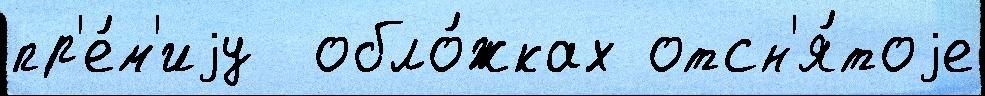
пр'е́м'иjу  обло́жках отсн'я́тоjе